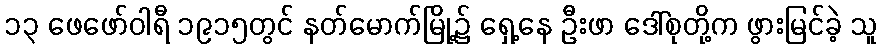
၁၃ ဖေဖော်ဝါရီ ၁၉၁၅တွင် နတ်မောက်မြို့၌ ရှေ့နေ ဦးဖာ ဒေါ်စုတို့က ဖွားမြင်ခဲ့ သူ